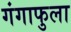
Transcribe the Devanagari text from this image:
गंगाफुला